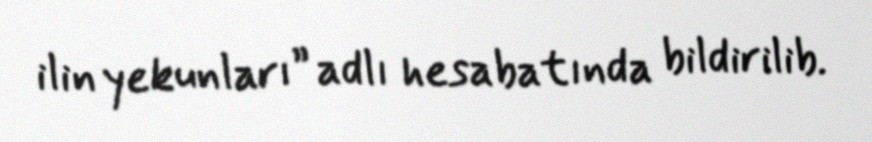
ilin yekunları” adlı hesabatında bildirilib.